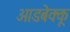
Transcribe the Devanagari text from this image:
आडबेक्कू